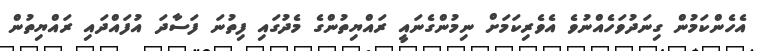
އެހެންކަމުން ގިނަދުވަހެއްނުވެ އެވެރިކަމަށް ނިމުންގެނައީ ރައްޔިތުންގެ މެދުގައި ފިތުނަ ފަސާދަ އުފައްދައި ރައްޔިތުން